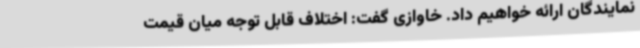
نمایندگان ارائه خواهیم داد. خاوازی گفت: اختلاف قابل توجه میان قیمت